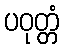
ပဝုတ္တံ